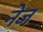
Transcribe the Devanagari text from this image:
नेज